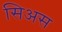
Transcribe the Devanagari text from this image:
सिअस